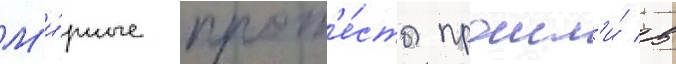
М'и́рные прот'е́сты прошл'и́ в